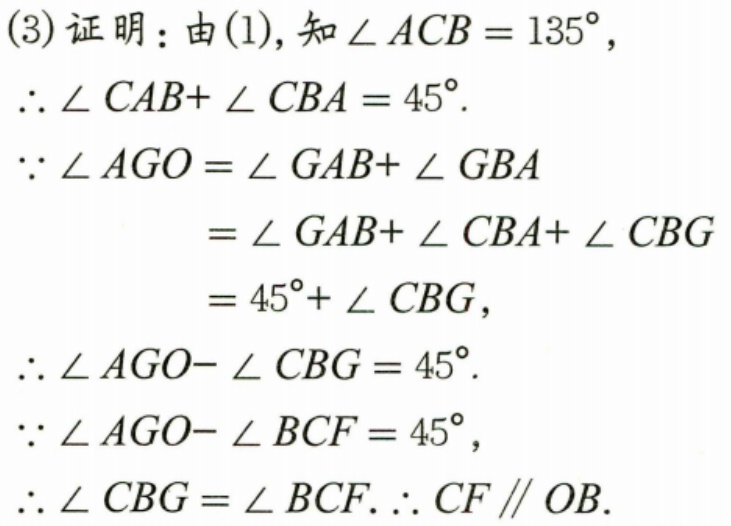
(3)证明：由(1),知\(\angle ACB = 135^{\circ}\)，
\(\therefore\angle CAB+\angle CBA = 45^{\circ}\).
\(\because\angle AGO=\angle GAB+\angle GBA\)
\(=\angle GAB+\angle CBA+\angle CBG\)
\(= 45^{\circ}+\angle CBG\)，
\(\therefore\angle AGO - \angle CBG = 45^{\circ}\).
\(\because\angle AGO-\angle BCF = 45^{\circ}\)，
\(\therefore\angle CBG=\angle BCF.\therefore CF\parallel OB\).